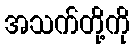
အသက်တို့ကို